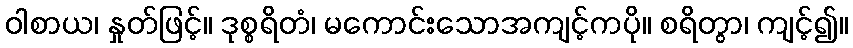
ဝါစာယ၊ နှုတ်ဖြင့်။ ဒုစ္စရိတံ၊ မကောင်းသောအကျင့်ကပို။ စရိတွာ၊ ကျင့်၍။